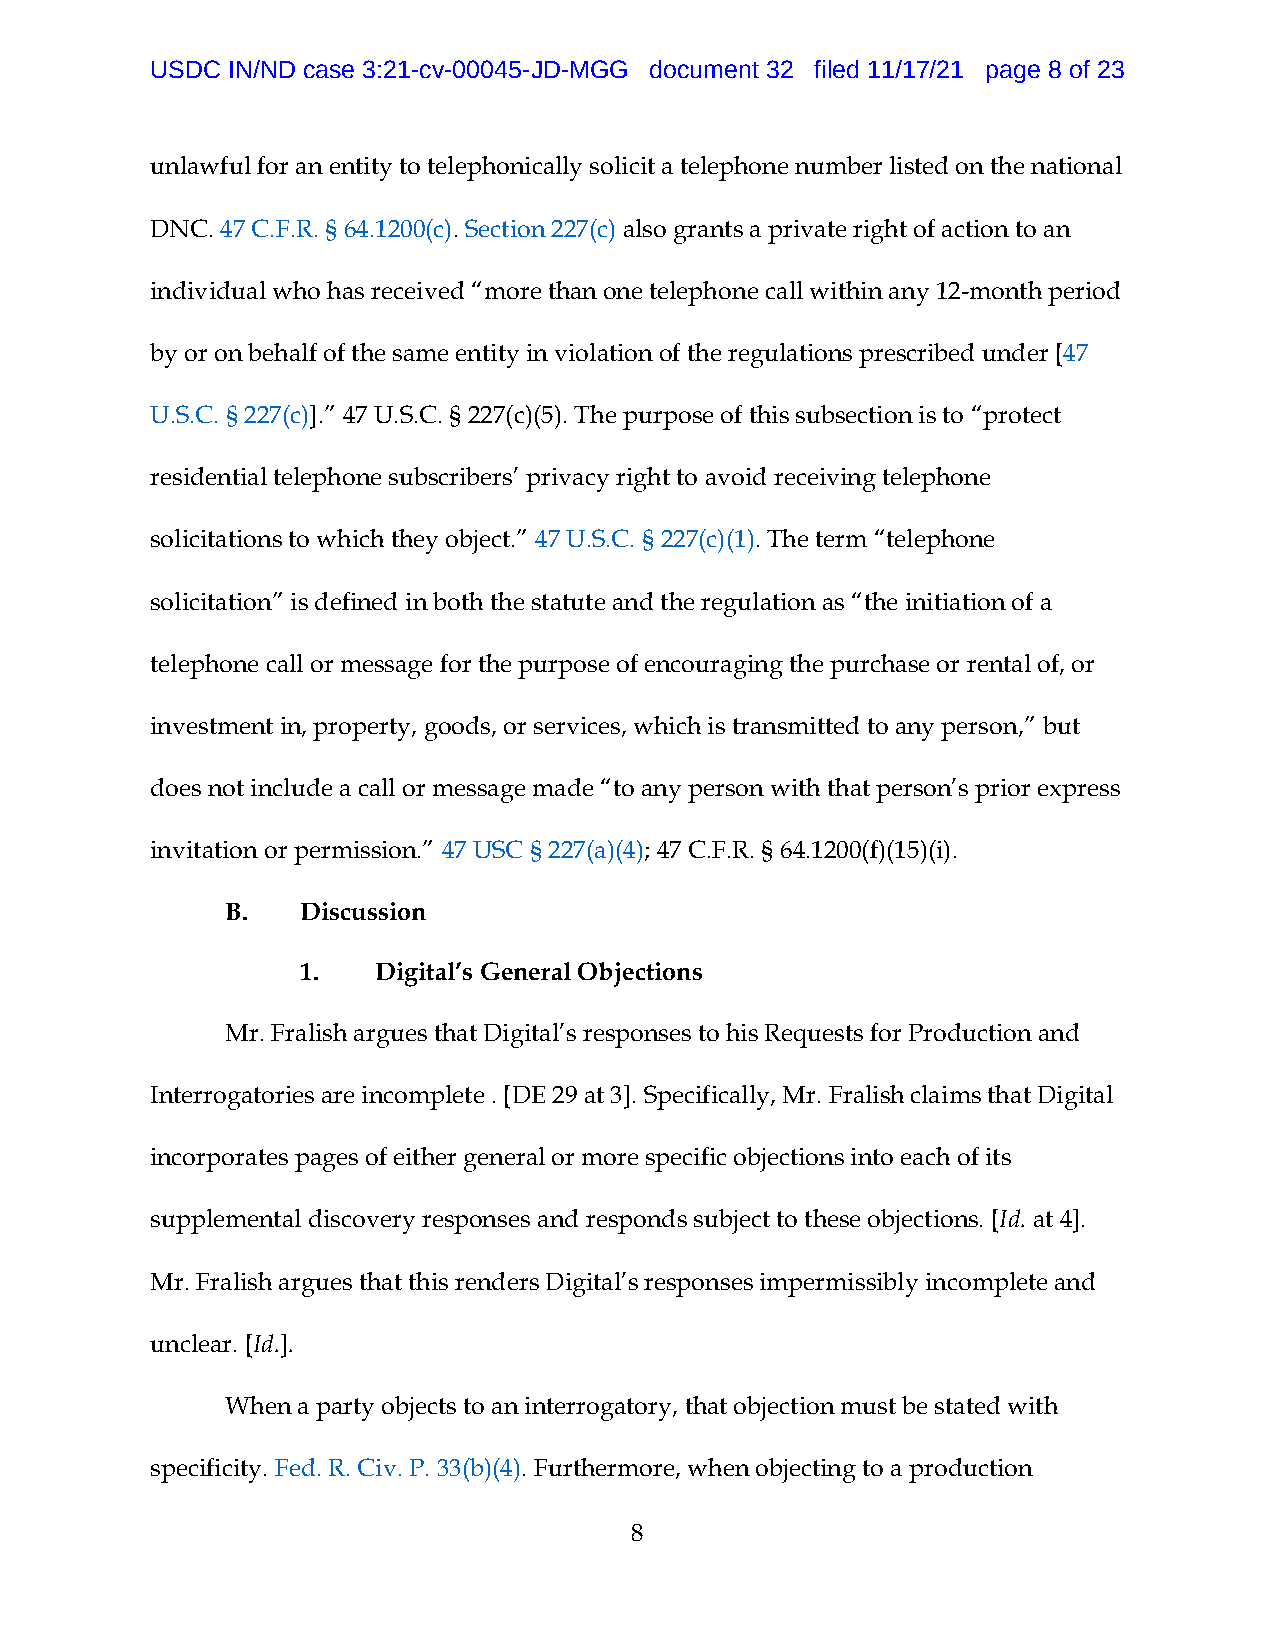
USDC IN/ND case 3:21-cv-00045-JD-MGG document 32 filed 11/17/21 page 8 of 23
 unlawful for an entity to telephonically solicit a telephone number listed on the national
 DNC. 47 C.F.R. § 64.1200(c). Section 227(c) also grants a private right of action to an
 individual who has received “more than one telephone call within any 12-month period
 by or on behalf of the same entity in violation of the regulations prescribed under [47
 U.S.C. § 227(c)].” 47 U.S.C. § 227(c)(5). The purpose of this subsection is to “protect
 residential telephone subscribers’ privacy right to avoid receiving telephone
 solicitations to which they object.” 47 U.S.C. § 227(c)(1). The term “telephone
 solicitation” is defined in both the statute and the regulation as “the initiation of a
 telephone call or message for the purpose of encouraging the purchase or rental of, or
 investment in, property, goods, or services, which is transmitted to any person,” but
 does not include a call or message made “to any person with that person’s prior express
 invitation or permission.” 47 USC § 227(a)(4); 47 C.F.R. § 64.1200(f)(15)(i).
 B.   Discussion
 1.   Digital’s General Objections
 Mr. Fralish argues that Digital’s responses to his Requests for Production and
 Interrogatories are incomplete . [DE 29 at 3]. Specifically, Mr. Fralish claims that Digital
 incorporates pages of either general or more specific objections into each of its
 supplemental discovery responses and responds subject to these objections. [Id. at 4].
 Mr. Fralish argues that this renders Digital’s responses impermissibly incomplete and
 unclear. [Id.].
 When a party objects to an interrogatory, that objection must be stated with
 specificity. Fed. R. Civ. P. 33(b)(4). Furthermore, when objecting to a production
 8